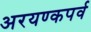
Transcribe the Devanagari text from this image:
अरयण्कपर्व